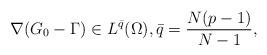
LaTeX: \begin{align*} \nabla(G_0-\Gamma) \in L^{\bar q}(\Omega),\bar q =\frac{N(p-1)}{N-1},\end{align*}